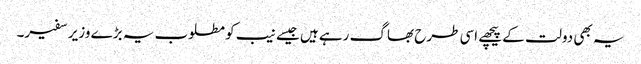
یہ بھی دولت کے پیچھے اسی طرح بھاگ رہے ہیں جیسے نیب کو مطلوب یہ بڑے وزیر سفیر۔